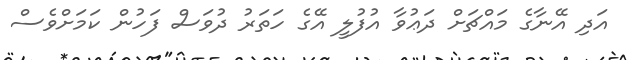
އަދި އޭނާގެ މައްޗަށް ދަޢުވާ އުފުލީ އޭގެ ހަތަރު ދުވަސް ފަހުން ކަމަށްވެސް